Document type: Sale
Year: 1499
Scribe: Joan Martínez de Sòria
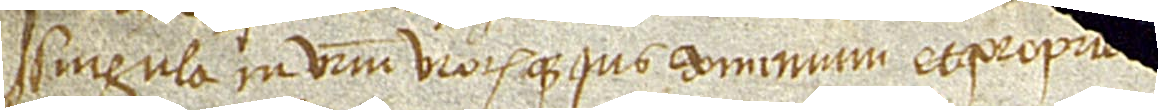
singula in vestrum vestrorumque ius, dominium et proprie[tatem tran]